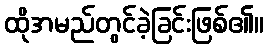
ထိုအမည်တွင်ခဲ့ခြင်းဖြစ်၏။